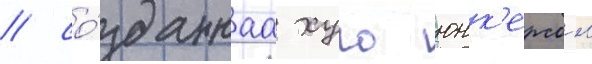
/ со́зданнаа хуго юнк'ерсом